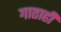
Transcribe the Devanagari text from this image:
गाताही